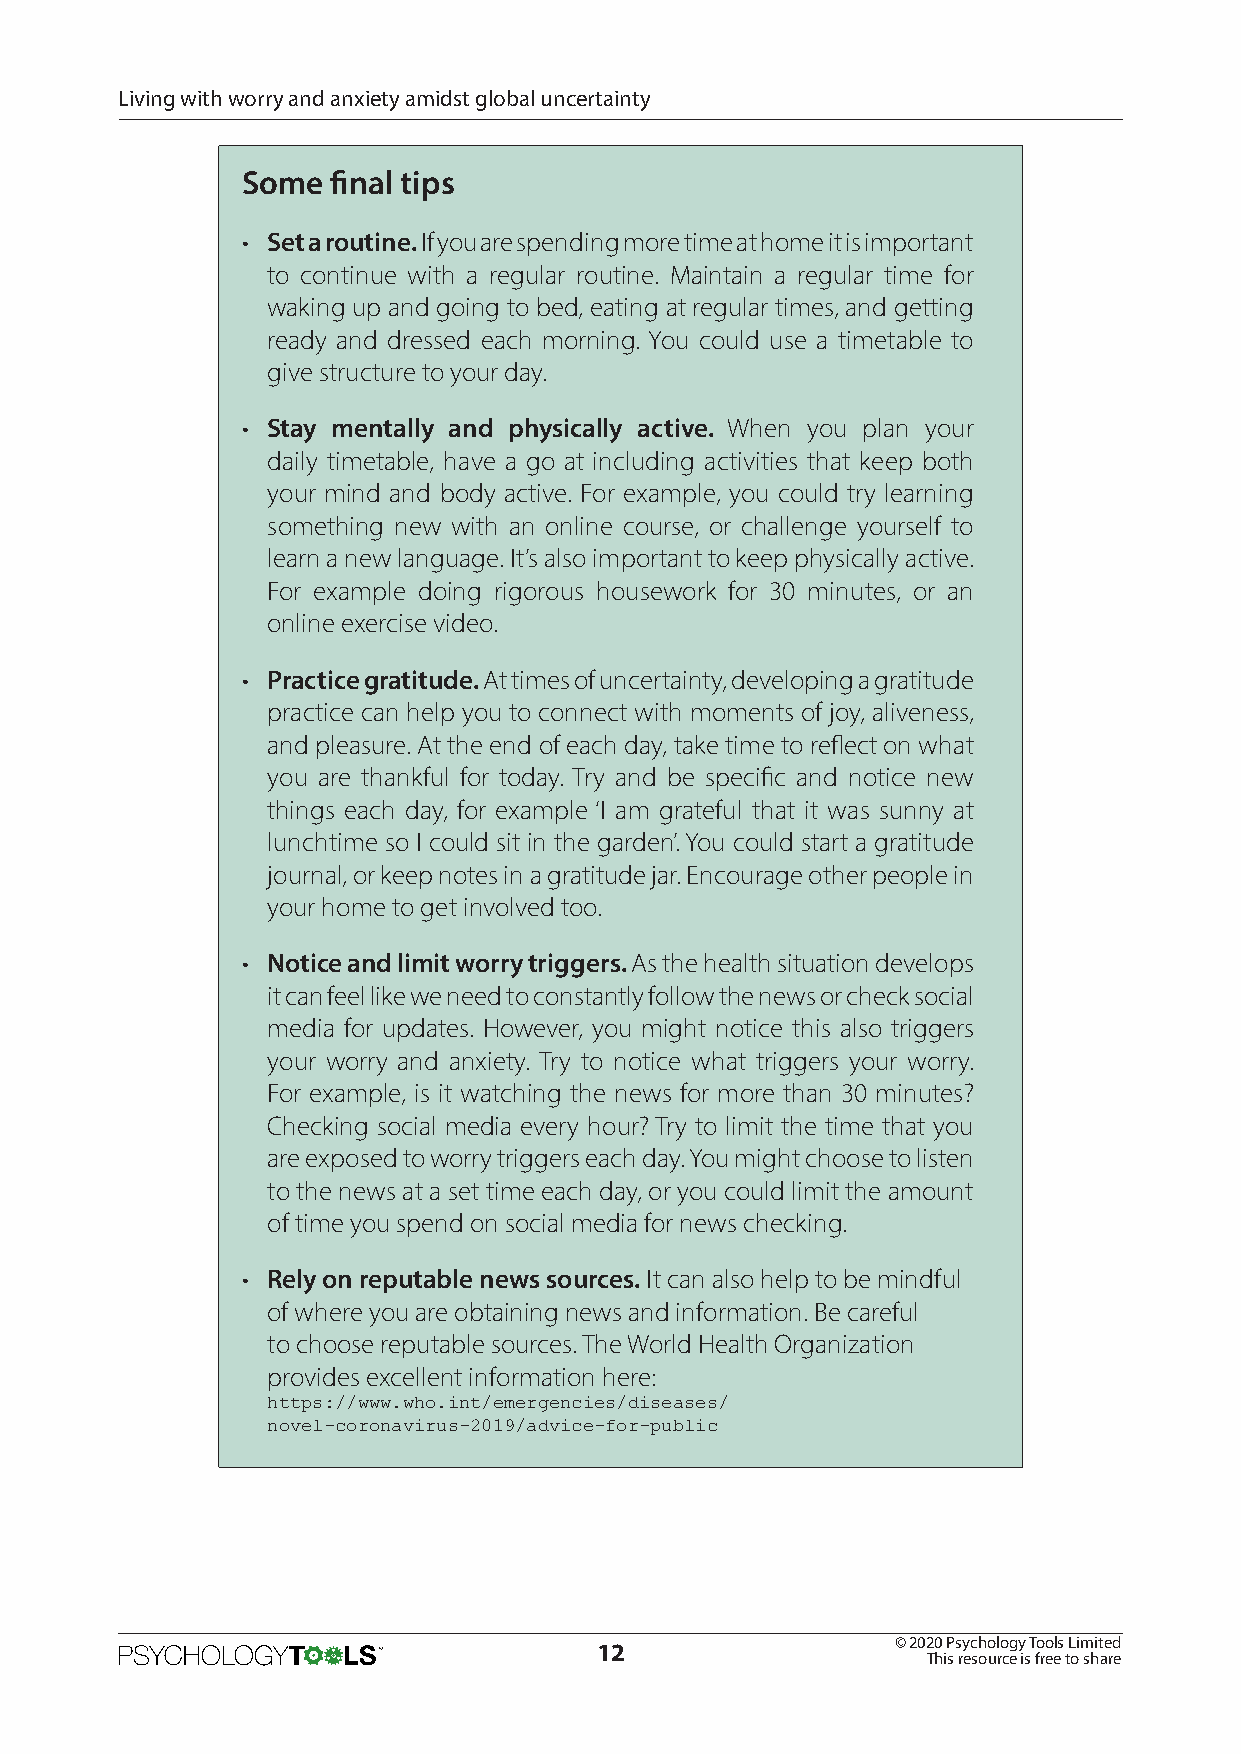
Living with worry and anxiety amidst global uncertainty
 Some  final tips
 • Set a routine. If you are spending more time at home it is important
 to continue with a regular routine. Maintain a regular time for
 waking up and going to bed, eating at regular times, and getting
 ready and dressed each morning. You could use a timetable to
 give structure to your day.
 • Stay mentally and physically active. When you plan your
 daily timetable, have a go at including activities that keep both
 your mind and body active. For example, you could try learning
 something new with an online course, or challenge yourself to
 learn a new language. It’s also important to keep physically active.
 For example doing rigorous housework for 30 minutes, or an
 online exercise video.
 • Practice gratitude. At times of uncertainty, developing a gratitude
 practice can help you to connect with moments of joy, aliveness,
 and pleasure. At the end of each day, take time to reflect on what
 you are thankful for today. Try and be specific and notice new
 things each day, for example ‘I am grateful that it was sunny at
 lunchtime so I could sit in the garden’. You could start a gratitude
 journal, or keep notes in a gratitude jar. Encourage other people in
 your home to get involved too.
 • Notice and limit worry triggers. As the health situation develops
 it can feel like we need to constantly follow the news or check social
 media for updates. However, you might notice this also triggers
 your worry and anxiety. Try to notice what triggers your worry.
 For example, is it watching the news for more than 30 minutes?
 Checking social media every hour? Try to limit the time that you
 are exposed to worry triggers each day. You might choose to listen
 to the news at a set time each day, or you could limit the amount
 of time you spend on social media for news checking.
 • Rely on reputable news sources. It can also help to be mindful
 of where you are obtaining news and information. Be careful
 to choose reputable sources. The World Health Organization
 provides excellent information here:
 https://www.who.int/emergencies/diseases/
 novel-coronavirus-2019/advice-for-public
 © 2020 Psychology Tools Limited
 12
 This resource is free to share